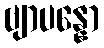
ဗျာပန္နော